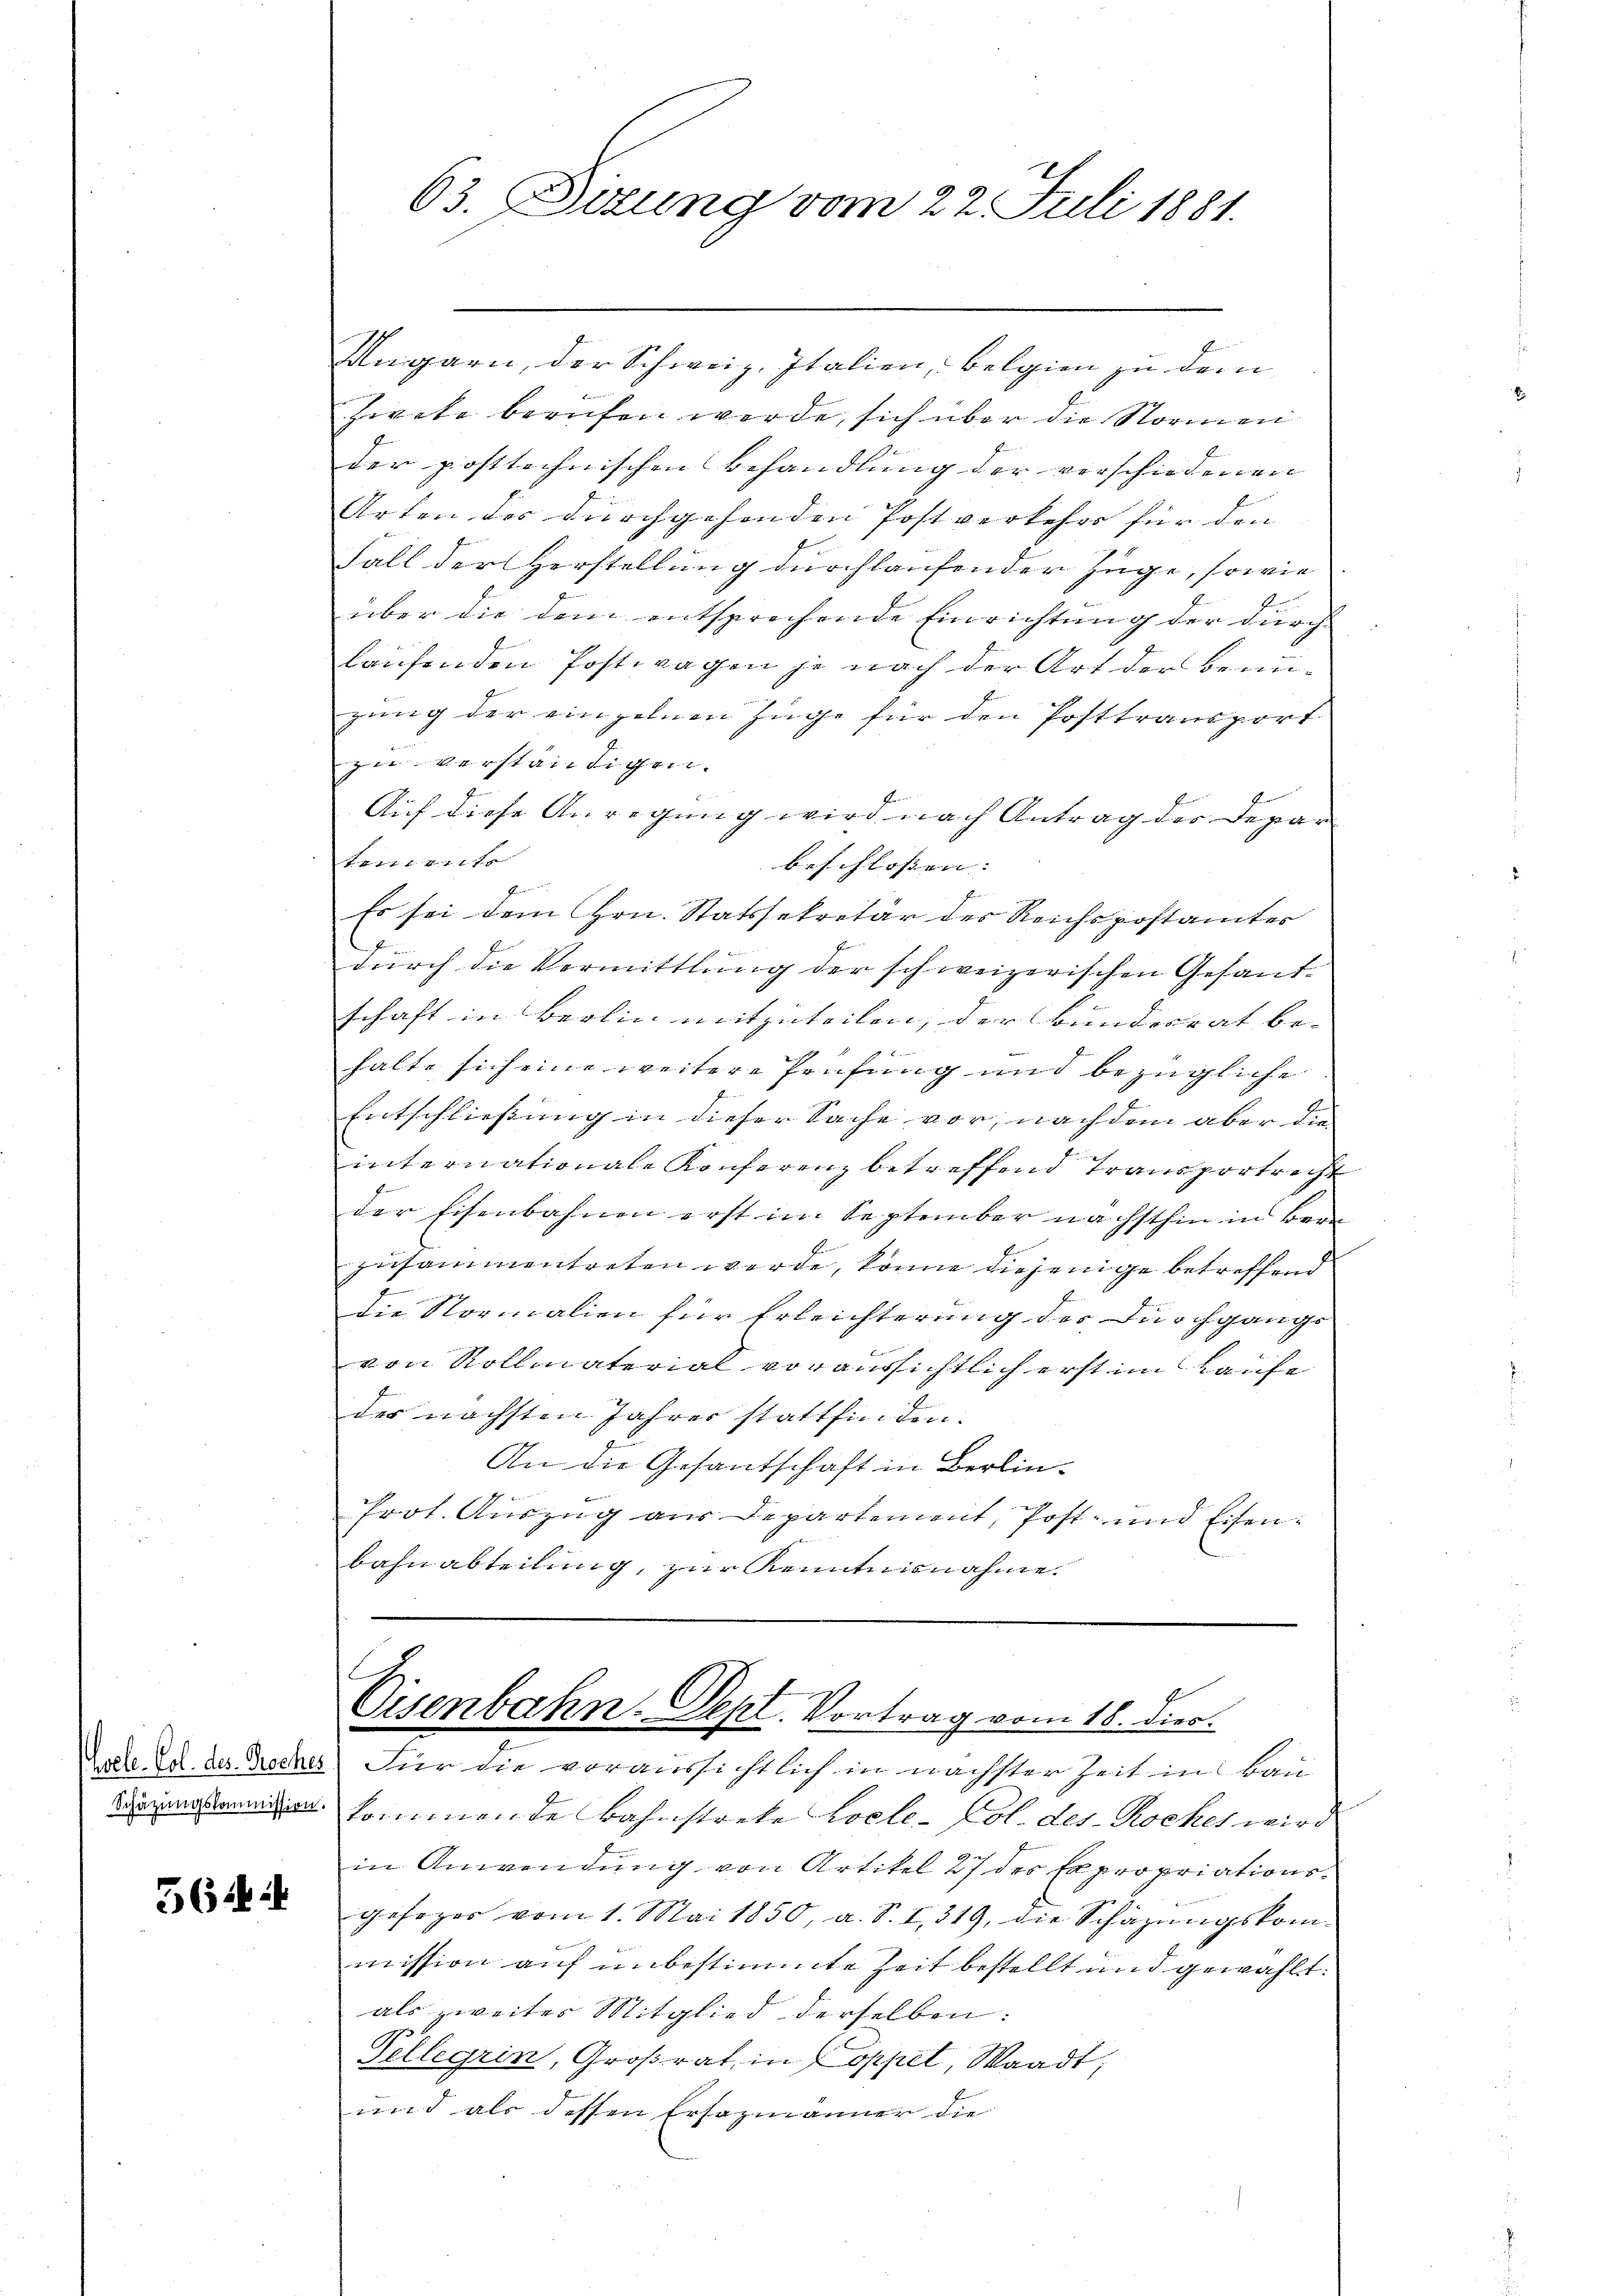
56

g
63. Sitzung vom 24. Juli 1881.

Ungarn, der Schweiz. Italien, belgien zu dem
zircke berufen werde, sich über die Normen
der posttechnischen Behandlung der verschiedenen |
Arten der durchgehenden Postverkehrs für den |
Fall der Herstellung durchlaufender Züge, sowie
über die dem entsprechende Einrichtung der durch
laufenden Postwagen je nach der Art der Benuzung der einzelnen Zuge für den Posttransport
zu verständigen. |
Auf diese Anregung wird nach Antrag der Depar
temente
beschlossen:
fen
Es sei dem Hrn. Statssekretär des Reichspostamtes
i
durch die Vermittlung der schweizerischen Gesandschaft in Berlin mitzuteilen, der Bundesrat be- |
halte sich eine weitere Prüfung und bezügliche
Entschließung in dieser Sache vor, nachdem aber die
internationale Konferenz betreffend Transportracht
der Eisenbahnen erst im September nächsthin in Bern
zusammentreten werde, könne diejenige betreffend
die Normalien für Erleichterung der Durchgange
von Rollmaterial voraussichtlich erst im Laufe
des nächsten Jahres stattfinden.
An die Gesandschaft in Berlinfrot. Auszug aus Departement, Post- und Eisen¬
Bahnabteilung, zur Kenntnisnahme.
Visenbahn. Sept. Vortrag vom 18. Dier.
Lode. Ed. der Koches Für die voraussichtlich in nächster Zeit in Bau
 kommende Bahnstrete Pocle-Col. des Rockhet wird
in Anwendung von Artikel 27 der Expropriationsgefoger vom 1. Mai 1850, a. S. I, 319, die Schazungskommission auf unbestimmte Zeit bestellt und gewählt.
als zweites Mitglied derselben:
Vellegrin, Großrat, in Coppel, Waadt,
und als dessen Ersazmänner die